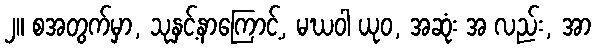
၂။ စအတွက်မှာ, သုနှင့်နာကြောင့်, မဃဝါ ယုဝ, အဆုံး အ လည်း, အာ